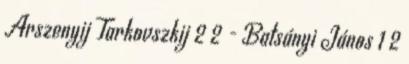
Arszenyij Tarkovszkij 2 2 - Batsányi János 1 2